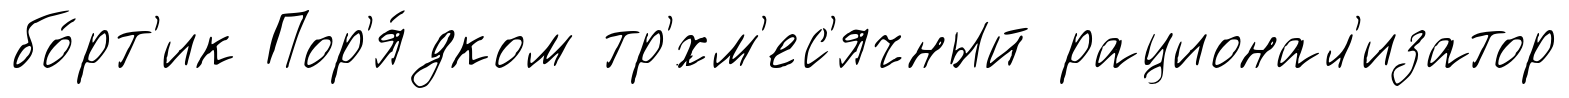
бо́рт'ик Пор'я́дком тр'́хм'ес'ячный рационал'изатор